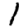
Digit: 1